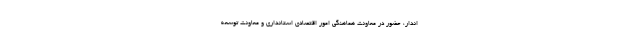
اندار، حضور در معاونت‌ هماهنگی امور اقتصادی استانداری و معاونت توسعه